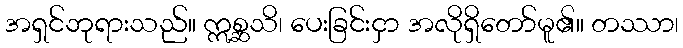
အရှင်ဘုရားသည်။ ဣစ္ဆသိ၊ ပေးခြင်းငှာ အလိုရှိတော်မူ၏။ တဿာ၊